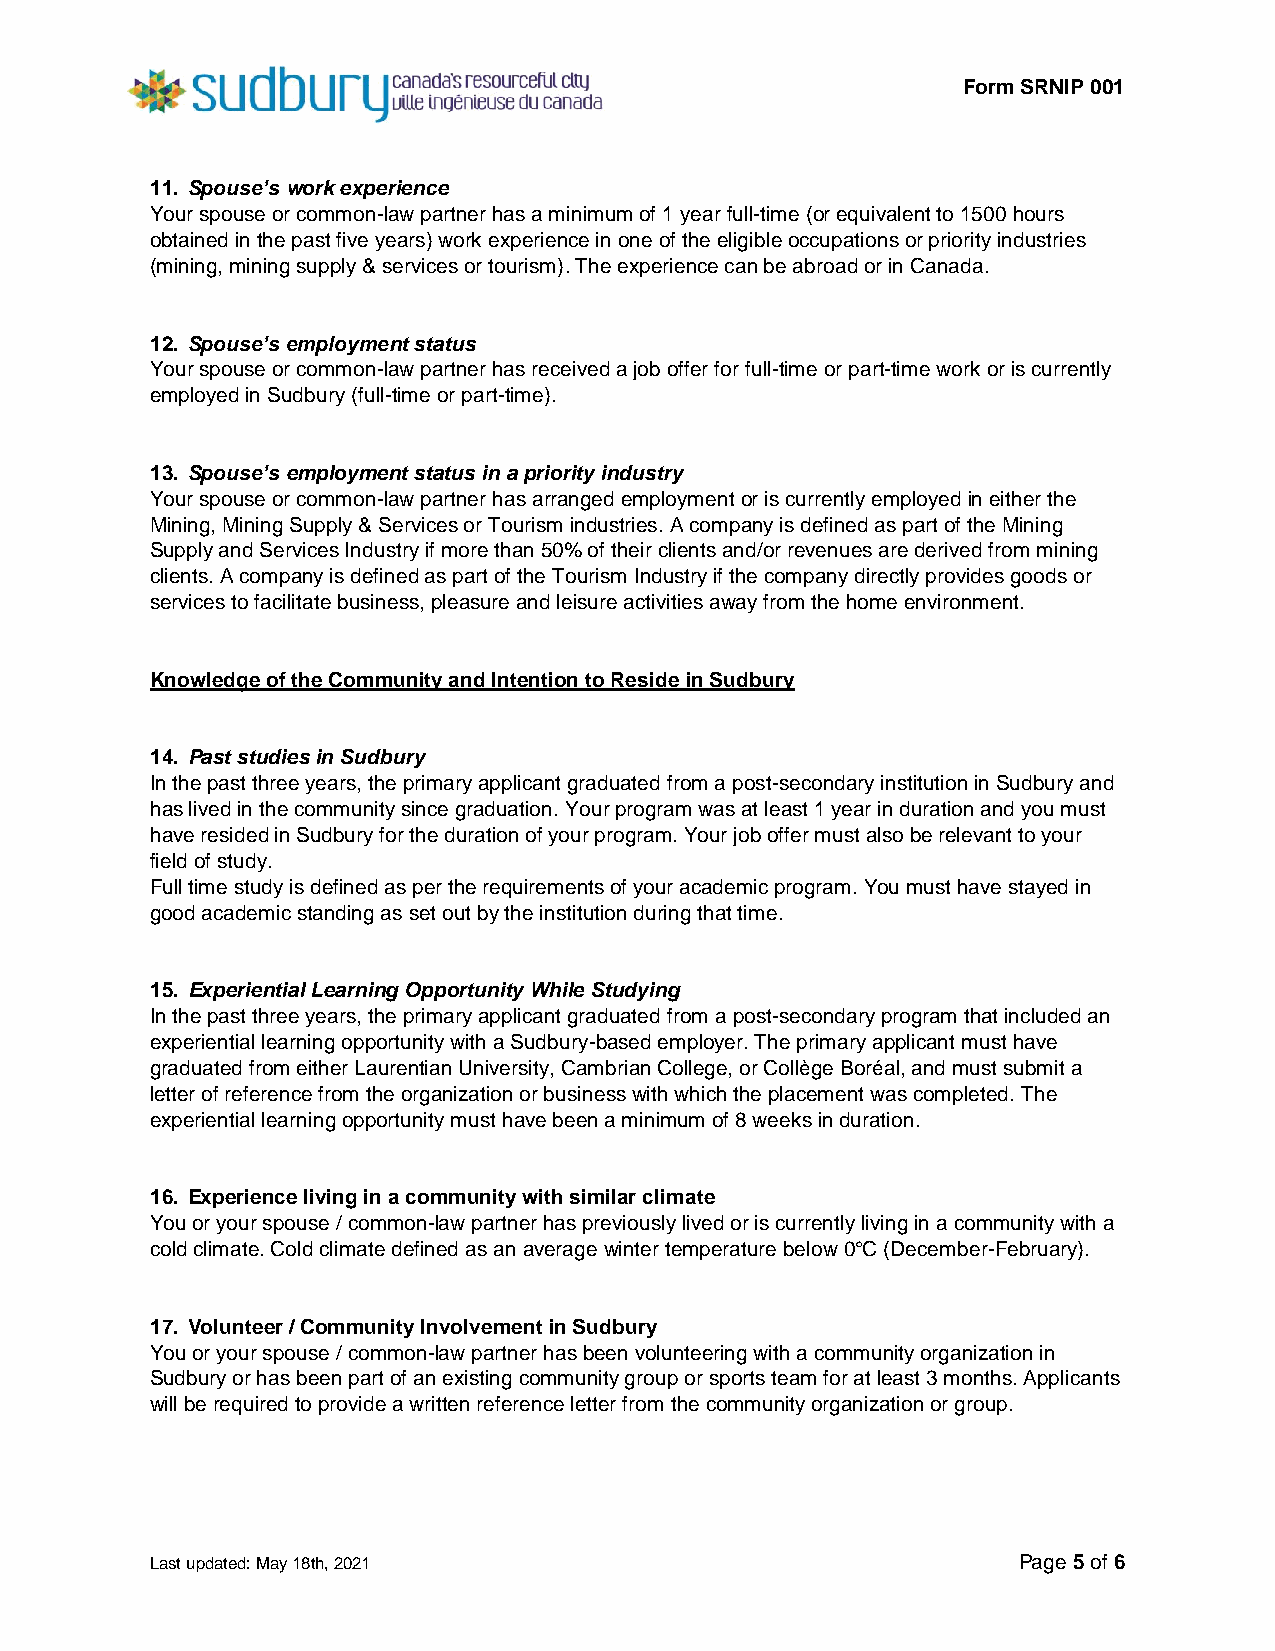
Form SRNIP 001
 11. Spouse’s work experience
 Your spouse or common-law partner has a minimum of 1 year full-time (or equivalent to 1500 hours
 obtained in the past five years) work experience in one of the eligible occupations or priority industries
 (mining, mining supply & services or tourism). The experience can be abroad or in Canada.
 12. Spouse’s employment status
 Your spouse or common-law partner has received a job offer for full-time or part-time work or is currently
 employed in Sudbury (full-time or part-time).
 13. Spouse’s employment status in a priority industry
 Your spouse or common-law partner has arranged employment or is currently employed in either the
 Mining, Mining Supply & Services or Tourism industries. A company is defined as part of the Mining
 Supply and Services Industry if more than 50% of their clients and/or revenues are derived from mining
 clients. A company is defined as part of the Tourism Industry if the company directly provides goods or
 services to facilitate business, pleasure and leisure activities away from the home environment.
 Knowledge of the Community and Intention to Reside in Sudbury
 14. Past studies in Sudbury
 In the past three years, the primary applicant graduated from a post-secondary institution in Sudbury and
 has lived in the community since graduation. Your program was at least 1 year in duration and you must
 have resided in Sudbury for the duration of your program. Your job offer must also be relevant to your
 field of study.
 Full time study is defined as per the requirements of your academic program. You must have stayed in
 good academic standing as set out by the institution during that time.
 15. Experiential Learning Opportunity While Studying
 In the past three years, the primary applicant graduated from a post-secondary program that included an
 experiential learning opportunity with a Sudbury-based employer. The primary applicant must have
 graduated from either Laurentian University, Cambrian College, or Collège Boréal, and must submit a
 letter of reference from the organization or business with which the placement was completed. The
 experiential learning opportunity must have been a minimum of 8 weeks in duration.
 16. Experience living in a community with similar climate
 You or your spouse / common-law partner has previously lived or is currently living in a community with a
 cold climate. Cold climate defined as an average winter temperature below 0°C (December-February).
 17. Volunteer / Community Involvement in Sudbury
 You or your spouse / common-law partner has been volunteering with a community organization in
 Sudbury or has been part of an existing community group or sports team for at least 3 months. Applicants
 will be required to provide a written reference letter from the community organization or group.
 Last updated: May 18th, 2021                             Page 5 of 6